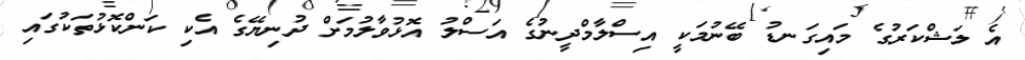
އެ ލަޝްކަރުގެ މައިގަނޑު ބޭނުމަކީ އިސްލާމްދީނުގެ އަސްލު އޮޅުވާލުމަށް ދުނިޔޭގެ އެކި ކަންކޮޅުތަކުގައި